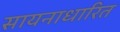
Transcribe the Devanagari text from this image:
सायनाधारित